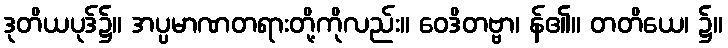
ဒုတိယပုဒ်၌။ အပ္ပမာဏတရားတို့ကိုလည်း။ ဝေဒိတဗ္ဗာ၊ န်၏။ တတိယေ၊ ၌။